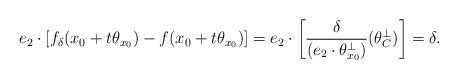
LaTeX: \begin{align*} e_{2} \cdot \left[ f_{\delta}(x_{0} + t \theta_{x_{0}} ) - f(x_{0} + t \theta_{x_{0}}) \right] = e_{2} \cdot \left[ \frac{\delta}{ (e_{2} \cdot \theta_{x_{0}}^{\perp})} (\theta_{C}^{\perp}) \right] = \delta.\end{align*}